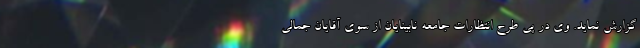
گزارش نمايد. وي در پى طرح انتظارات جامعه نابينايان از سوى آقايان جمالی